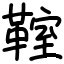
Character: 𩋡